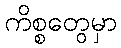
ကိစ္စတွေမှာ